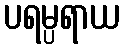
ပရမ္ပရာယ